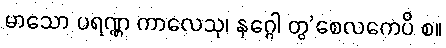
မာသော ပရဏ္ဏ ကာလေသု၊ နဂ္ဂေါ တွ’စေလကေပိ စ။